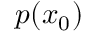
p ( x _ { 0 } )